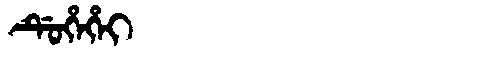
Manchu: ᡩᡠᡥᡝᡥᡝᡳ
Romanization: DUHEHEI